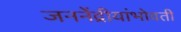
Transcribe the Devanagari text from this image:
जननेंद्रीयांभोवती